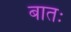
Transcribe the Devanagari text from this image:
बातः